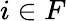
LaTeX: i\in F